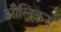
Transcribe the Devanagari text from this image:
औलिकरों